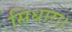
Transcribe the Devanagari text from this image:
सिधारा।